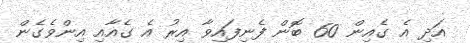
އަދި އެ ގެއިން 60 ބޮން ފެނިފައިވާ އިރު އެ ގެއާއި އިންވެގެން